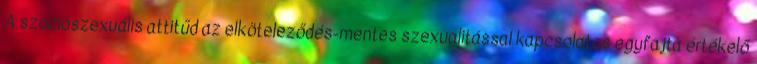
A szocioszexuális attitűd az elköteleződés-mentes szexualitással kapcsolatos egyfajta értékelő